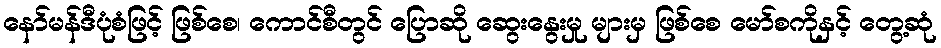
နော်မန်ဒီပုံစံဖြင့် ဖြစ်စေ၊ ကောင်စီတွင် ပြောဆို ဆွေးနွေးမှု များမှ ဖြစ်စေ မော်စကိုနှင့် တွေ့ဆုံ